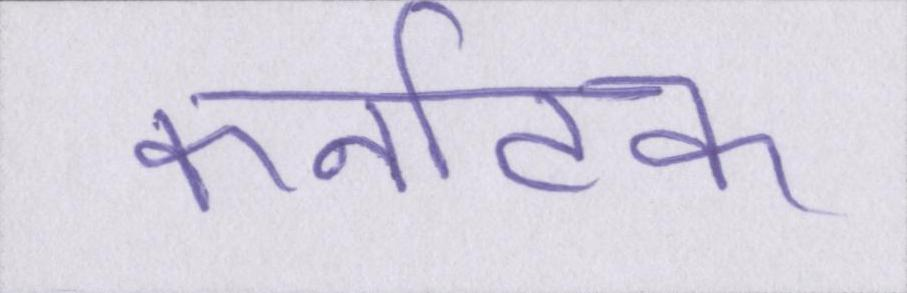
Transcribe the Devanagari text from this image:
कर्नाटक